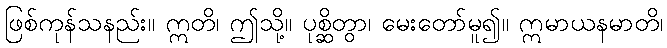
ဖြစ်ကုန်သနည်း။ ဣတိ၊ ဤသို့။ ပုစ္ဆိတွာ၊ မေးတော်မူ၍။ ဣမာယနမာတိ၊